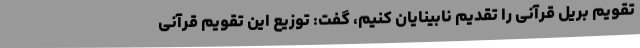
تقویم بریل قرآنی را تقدیم نابینایان کنیم، گفت: توزیع این تقویم قرآنی